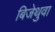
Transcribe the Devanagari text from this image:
बिजेथुवा